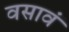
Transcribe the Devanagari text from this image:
वसावं